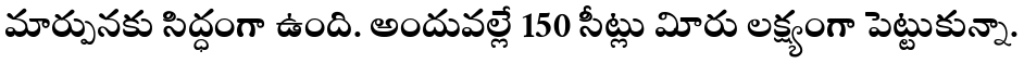
మార్పునకు సిద్ధంగా ఉంది. అందువల్లే 150 సీట్లు విూరు లక్ష్యంగా పెట్టుకున్నా.